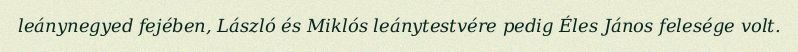
leánynegyed fejében, László és Miklós leánytestvére pedig Éles János felesége volt.